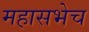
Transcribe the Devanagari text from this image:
महासभेच